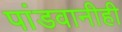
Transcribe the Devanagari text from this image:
पांडवानीही